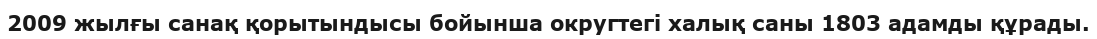
2009 жылғы санақ қорытындысы бойынша округтегі халық саны 1803 адамды құрады.